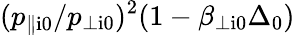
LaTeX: (p_{\parallel\mathrm{i0}}/p_{\perp\mathrm{i0}})^{2}(1-\beta_{\perp\mathrm{i0}}\Delta_{\mathrm{0}})